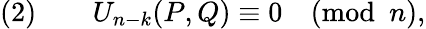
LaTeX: (2)\qquad U_{n-k}(P,Q)\equiv 0{\pmod{n}},